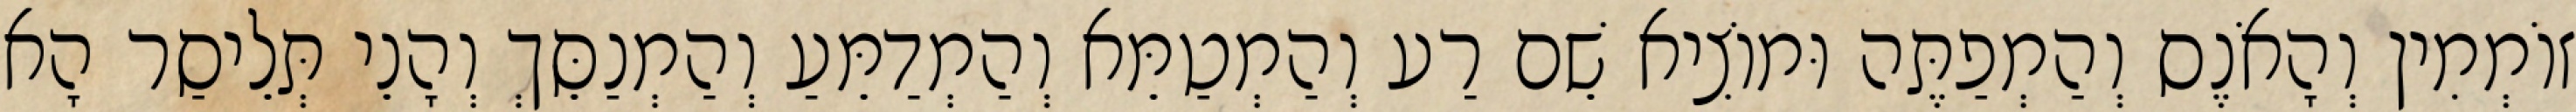
זוֹמְמִין וְהָאֹנֶס וְהַמְפַתֶּה וּמוֹצִיא שֵׁם רַע וְהַמְטַמֵּא וְהַמְדַמֵּעַ וְהַמְנַסֵּךְ וְהָנֵי תְּלֵיסַר הָא